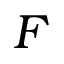
F